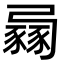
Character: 𧱶